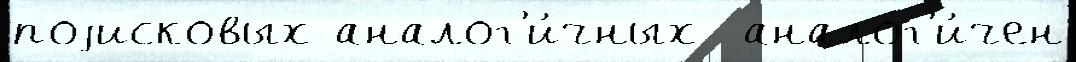
поjисковых аналог'и́чных  аналог'и́чен